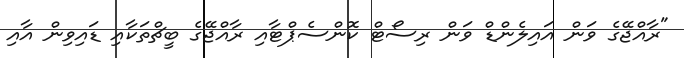
"ރާއްޖޭގެ ވަން އައިލެންޑް ވަން ރިސޯޓް ކޮންސެޕްޓާއި ރާއްޖޭގެ ބީޗްތަކާއި ޑައިވިން އާއި